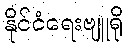
နိုင်ငံရေးဗျူရို